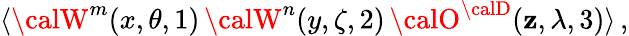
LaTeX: \langle{\calW}^{m}(x,\theta,1)\, {\calW}^{n}(y,\zeta,2)\, {\calO}^{{\calD}}(\mathbf{z},\lambda,3)\rangle\, ,